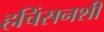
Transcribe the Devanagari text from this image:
हचिंसनशी